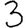
Digit: 3